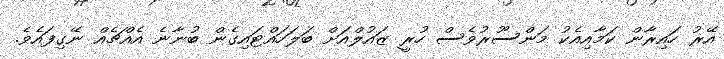
އޭރު ހައިރާން ކަމާއިއެކު މަންސޫރުވެސް ހުރީ ޒައުލްއަށް ބަލަހައްޓައިގެން ބުނާނެ އެއްޗެއް ނޭގިފައެވެ.